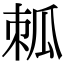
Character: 𤫷